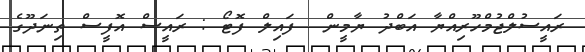
ރައީސުލްޖުމްހޫރިއްޔާ އަބްދު ޔާމީން  ފައިލް ފޮޓޯ : ރައީސް އޮފީސް ތިނަދޫގެ